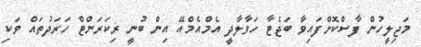
މަޖިލީހުން ފާސްކޮށްފައިވާ ބަޖެޓާ ހަވާލާދީ އެމްއެމްއޭ އިން ބުނީ ރިކަރަންޓް ހަރަދުތައް ވަކި